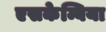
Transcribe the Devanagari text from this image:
एसकेम्बिया